Lunatic asylums Madras 1892-1911 - 1892-1911
Year: 1892
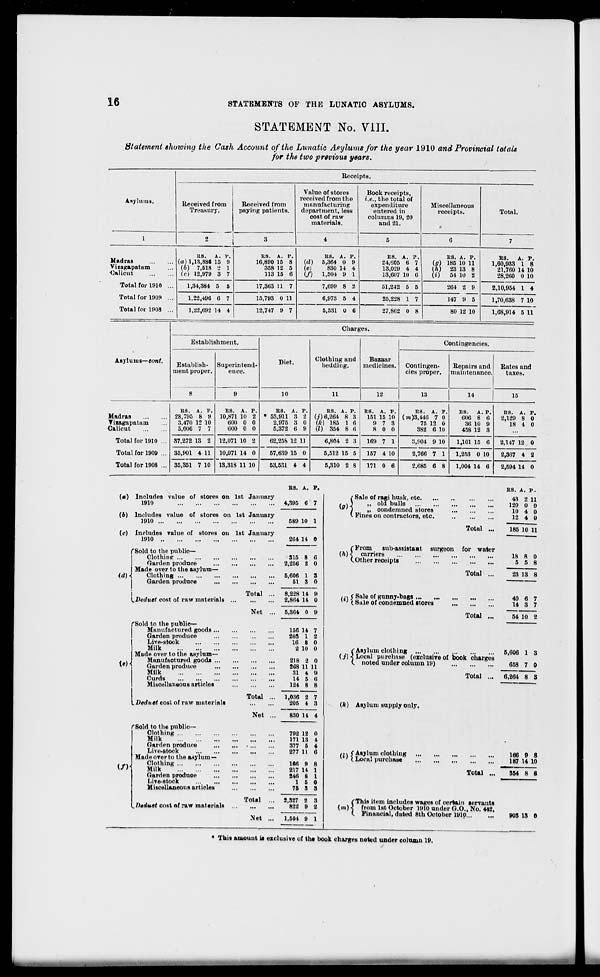
16
STATEMENTS OF THE LUNATIC ASYLUMS.
STATEMENT No. VIII.
Statement showing the Cash Account of the Lunatic Asylums for the year 1910 and Provincial totals
for the two previous years.
Receipts.
Asylums.
Received from
Treasury.
Received from
paying patients.
Value of stores
received from the
manufacturing
department, less
cost of raw
materials.
4
Book receipts,
i.e., the total of
expenditure
entered in
columns 19, 20
and 21.
Miscellaneous
receipts.
Total.
1
2
j
3
5
6
7
Madras
Viiagapatam
Oalicut
ES. A. V.
(a) 1,13,886 15 9
(6) 7,518 2 1
ic) 12,979 3 7
ES. A. P.
16,890 15 8
358 12 5
113 15 6
ES. A. P.
Id) 5,364 0 9
(e)
830 14 4
(/) 1,504 9 1
ES. A. P.
24,605 6 7
13,029 4 4
13,607 10 6
ES. A. P.
(g) 185 10 11
(h) 23 13 8
(i)
54 10 2
ES. A. P.
1,60,933 1 8
21,760 14 10
28,260 0 10
Total for 1910 ...
1,34,384 5 5
17,363 11 7
7,699 8 2
51,242 5 5
264 2 9
2,10,954 1 4
Total for 1909 ...
1,22,496 6 7
15,793 0 11
6,973 5 4
25,228 1 7
147 9 5
1,70,638 7 10
Total for 1908 ...
1,22,692 14 4
12,747 9 7
5,531 0 6
27,862 0 8
80 12 10
1,68,914 5 11
Charges.
Establishment.
Diet.
Clothing and
bedding.
Bazaar
medicines.
Contingencies.
Asylums—Cont.
Establish-
ment proper.
Superintend-
ence.
Contingen-
cies proper.
Repairs and
maintenance.
Rates and
taxes.
8
9
10
11
12
13
14
15
Madras
Vizagapatam
Calicut
E8. A. P.
28,795 8 9
3,470 12 10
5,006 7 7
ES. A. P.
10,871 10 2
600 0 0
600 0 0
ES. A. P.
* 53,911 3 2
2,975 3 0
5,372 6 9
ES. A. P.
(j) 6,264 8 3
(k) 185 1 6
(I) 354 8 6
B8. A. P.
151 15 10
9 7 3
8 0 0
ES. A. P.
(?»)3,446 7 o
75 12 0
382 6 10
BS. A. P.
606 8 6
36 10 9
458 12 8
RS. A. P.
2,129 8 0
18 4 0
Total for 1910 ... 37,272 13 2 12,071 10 2
62,258 12 11
6,804 2 3
169 7 1
3,904 9 10
1,101 15 6
2,147 12 0
Total for 1909 ... 35,901 4 11 10,071 14 0
57,639 15 0
5,512 15 5
157 4 10
2,766 7 1
1,253 0 10
2,367 4 2
Total for 1908 ... 35,351 7 10 13,318 11 10
53,531 4 4
5,310 2 8
171 0 6
2,685 6 8
1,004 14 6
2,594 14 0
(«) Includes value of stores on
1910
(6) Includes value of stores on
1910
(c) Includes value of stores on
1910
("Sold to the public—
j
Clothing
!
Garden produce
Made over to the asylum—
<dH
Clothing
I
Garden produce
(.Deduet cost of raw materials .
f Sold to the public-
Manufactured goods...
Garden produce
Live-stock
Milk
Made over to the asylum-
Manufactured good* ...
Garden produce
Milk
Curds
Miscellaneous articles
<#)•
(/)
^Deduct cost of raw materials
rSold to the public-
Clothing
I
Milk
I
Garden produce
Live-stock
Made over to the asylum —
Clothing
Milk
Garden produoe
Live-stock
Miscellaneous articles
litUutt oost of raw materials
1st January
BS. A.
4,395 6
P.
7
1st January
589 10 1
1st January
264 14 0
Total ...
315 8
2,256 2
5,606 1
51 3
8,228 14
2,864 14
6
0
s
0
B
0
Net ...
5,364 0 8
Total ...
Net ..
156 14 7
203 1 2
16 8 0
2 10 0
218 2 0
268 11 11
31 4 9
14 5 (i
124 8 8
1,036 2 7
205 4 3
830 14 4
792 12 0
171 13 4
377 5 4
277 11 6
i6a 9
217 14
246 8
1 6
75 8
Total ...
-Net ...
2,327 2 3
822 9 2
1,504 9 1
.' Sale of ragi husk, etc.
(a) \
» ol( * bulls
-
yu> 1
„ condemned stores
v. Fines on contractors, etc.
Total
(From
sub-assistant
(1i) < carriers
(.Other receipts
surgeon for water
Total
/•,( Sale of gunny-bags ...
' ' {Sale of condemned st< stores
Total
(Asylum clothing
(j) •} Local purchase (exclusive of book charges
(. noted under column 19)
(k) Asylum supply only.
Total
/,> f Asylum clothing
' ' I Local purchase
Total
ES. A. P.
43 2 11
120 0 0
10 4 0
12 4 0
185 10 11
18 8
5 5
0
8
23 13 8
40 6
14 3
7
7
54 10 8
6,606 1 3
658 7 0
6,264 8 3
160 9 8
187 U 10
354 8 6
(This item includes wages of certain servants
(m) •? from 1st October 1910 under G.O., No. 442,
C Financial, dated 8th October 1910
903 IS 0
* Thin amount is exclusive of the book charges noted under column 19.